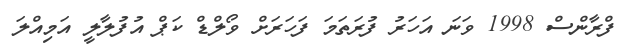
ފްރާންސް 1998 ވަނަ އަހަރު ފުރަތަމަ ފަހަރަށް ވޯލްޑް ކަޕް އުފުލާލީ އަމިއްލަ